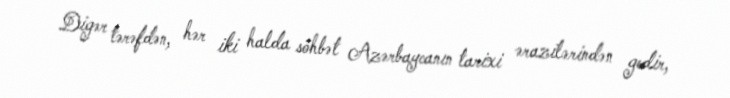
Digər tərəfdən, hər iki halda söhbət Azərbaycanın tarixi ərazilərindən gedir,